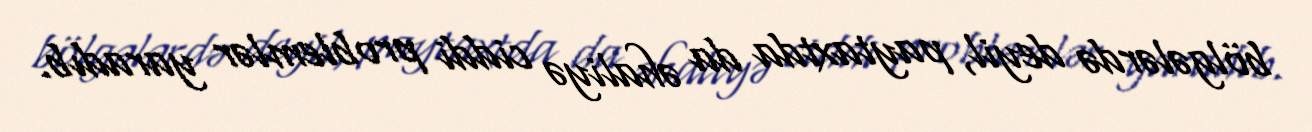
bölgələrdə deyil, paytaxtda da əhaliyə ciddi problemlər yaradıb.